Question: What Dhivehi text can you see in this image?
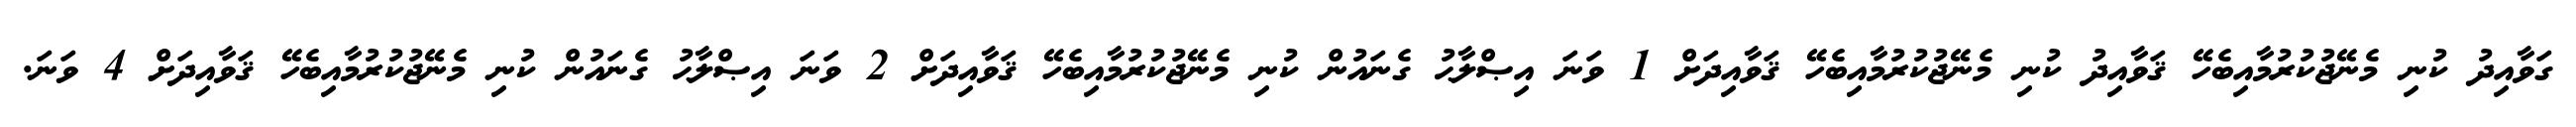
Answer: ގަވާއިދު ކުނި މެނޭޖުކުރުމާއިބެހޭ ޤަވާއިދު ކުނި މެނޭޖުކުރުމާއިބެހޭ ޤަވާއިދަށް 1 ވަނަ އިޞްލާޙު ގެނައުން ކުނި މެނޭޖުކުރުމާއިބެހޭ ޤަވާއިދަށް 2 ވަނަ އިޞްލާޙު ގެނައުން ކުނި މެނޭޖުކުރުމާއިބެހޭ ޤަވާއިދަށް 4 ވަނަ.